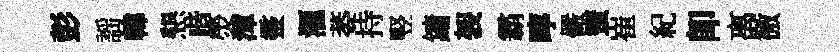
彭謡韓懇喈熒渾靈滙萎持竪鏞袈霸嚀儼蜜崔紀卽离徼